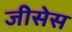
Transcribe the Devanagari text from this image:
जीसेस